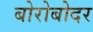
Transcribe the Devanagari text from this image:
बोरोबोदर